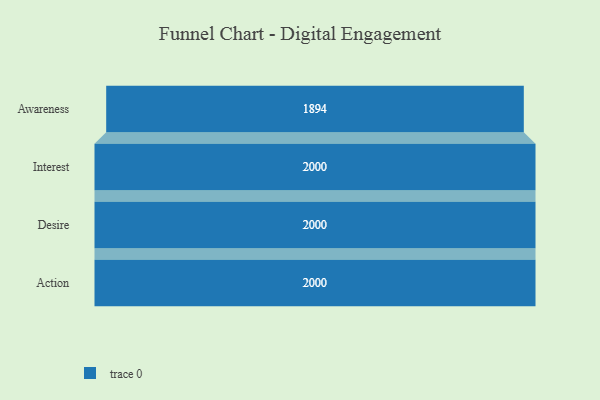
{"axis": {"x": "Stage", "y": "Value"}, "legend": [""], "data": [{"x": "Awareness", "y": 1894.0, "type": ""}, {"x": "Interest", "y": 2000, "type": ""}, {"x": "Desire", "y": 2000, "type": ""}, {"x": "Action", "y": 2000, "type": ""}]}